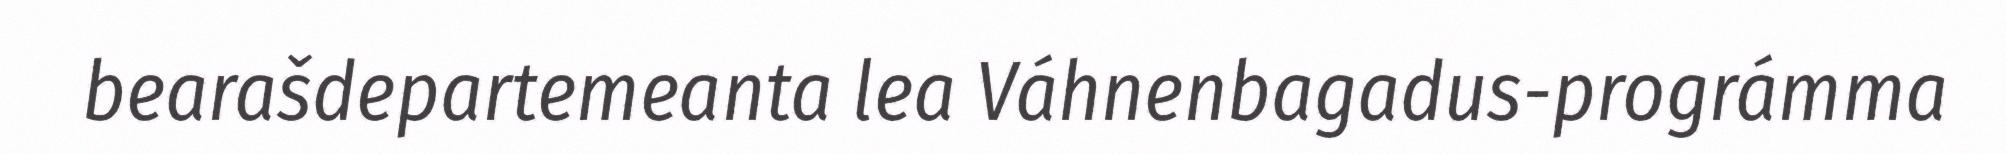
bearašdepartemeanta lea Váhnenbagadus-prográmma